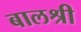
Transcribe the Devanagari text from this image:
बालश्री